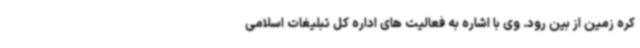
کره زمین از بین رود. وی با اشاره به فعالیت های اداره کل تبلیغات اسلامی